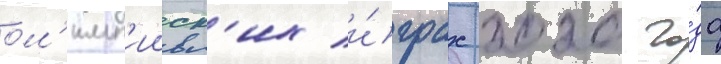
ол'имп'ииск'их и́грах 2020 го́да